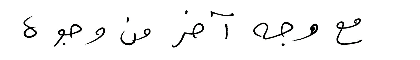
مع وجه آخر من وجوه